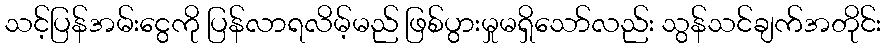
သင့်ပြန်အမ်းငွေကို ပြန်လာရလိမ့်မည် ဖြစ်ပွားမှုမရှိသော်လည်း သွန်သင်ချက်အတိုင်း